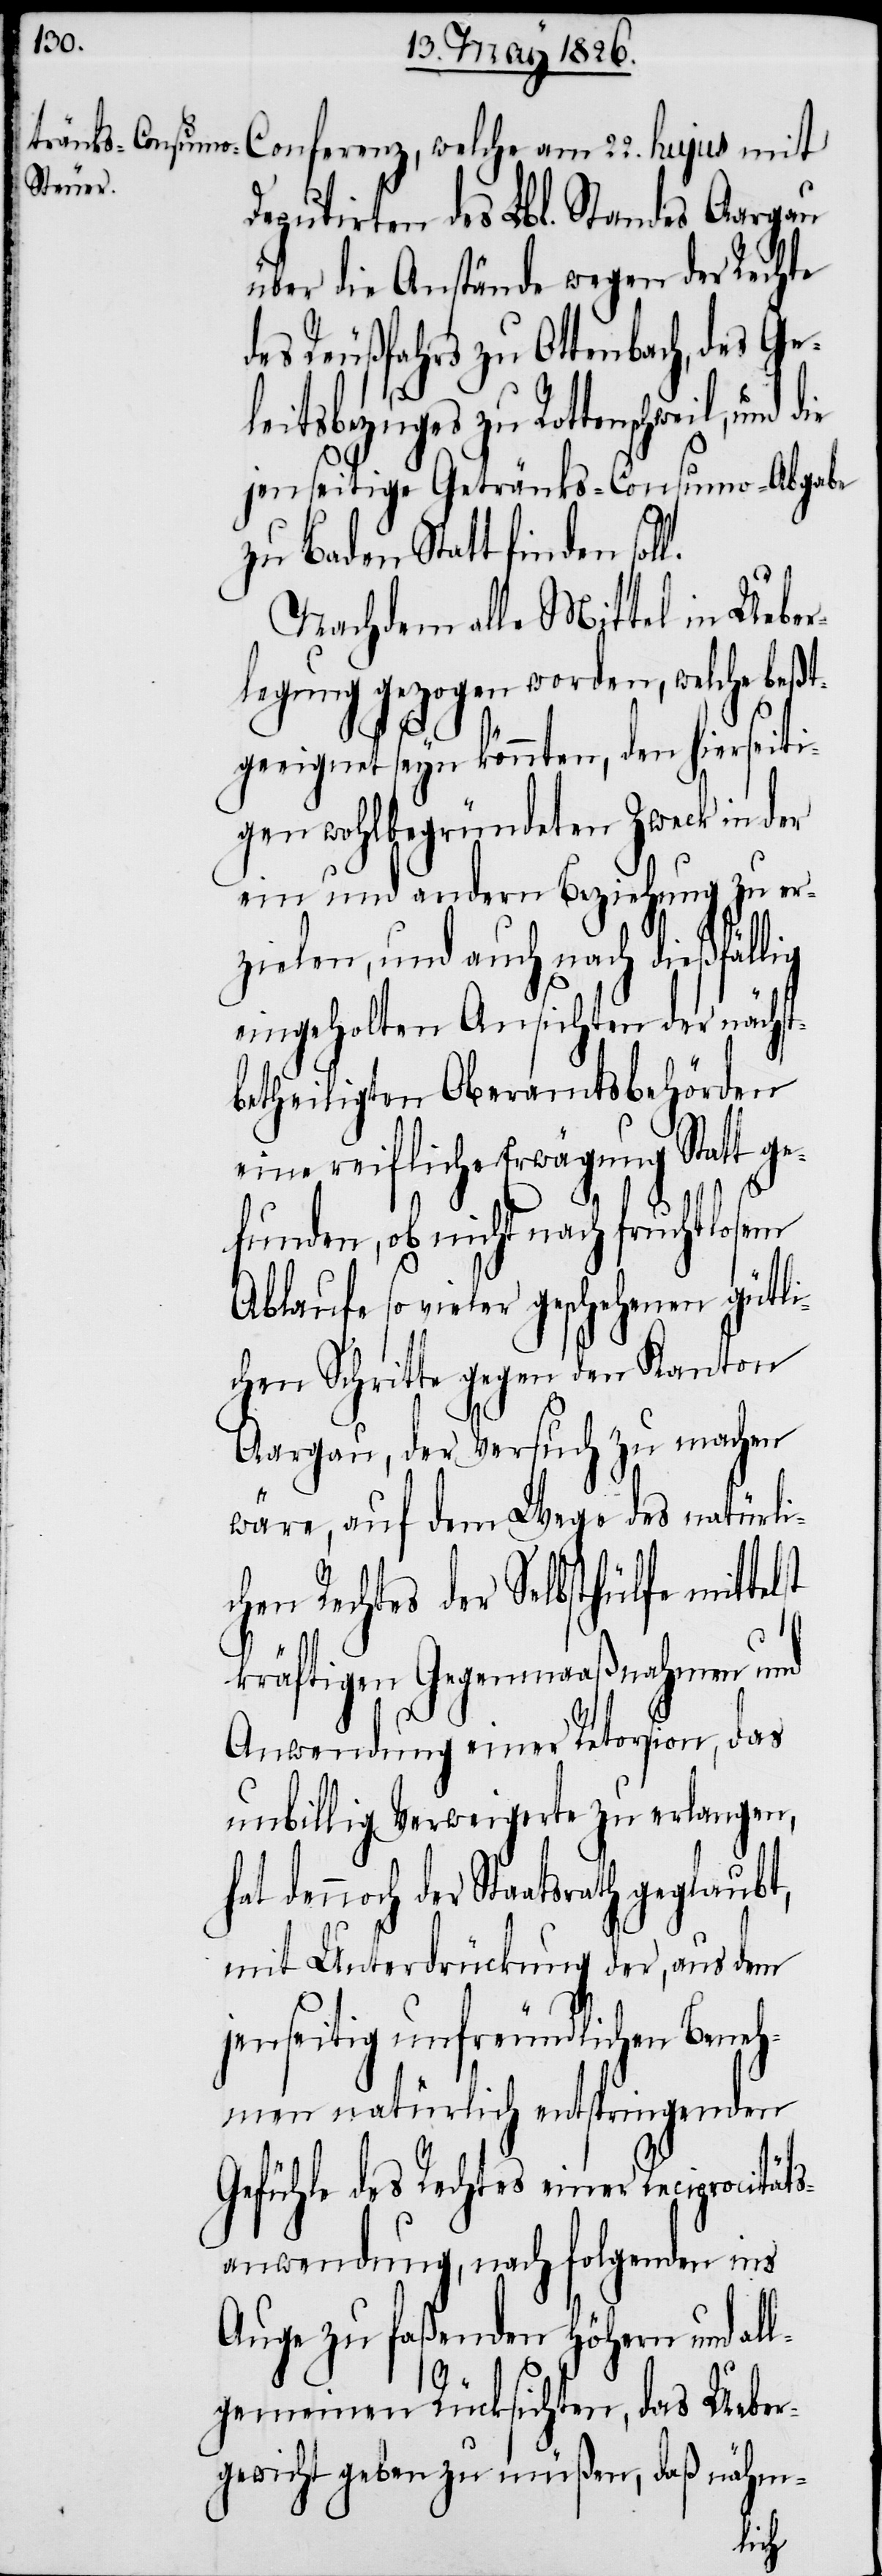
l.
Deputirten des Lbl. Standes Aargau
über die Anstände wegen der Rechte
des Reußfahrs zu Ottenbach, des Ge¬
leitsbezuges zu Rottenschweil, und
jenseitige Getränks-Consumo-Abgabe
zu Baden Statt finden sol¬
Nachdem alle Mittel in Ueber¬
legung gezogen worden, welche beß¬
tgeeignet seyn könnten, den hierseiti¬
gen wohlbegründeten Zweck in der
ein und andern Beziehung zu er¬
zielen, und auch nach dießfällig
eingeholten Ansichten der nächst¬
betheiligten Oberamtsbehörden
eine reifliche Erwägung Statt ge¬
funden, ob nicht nach fruchtlosem
Ablaufe so vieler geschehenen gütli¬
chen Schritte gegen den Kanton
Aargau, der Versuch zu machen
wäre, auf dem Wege des natürlic¬
hen Rechtes der Selbsthülfe
kräftigen Gegenmaaßnahmen und
Anwendung einer Retorsion, das
unbillig Verweigerte zu erlangen,
dennoch der Staatsrath geglaubt,
mit Unterdrückung der, aus dem
jenseitig unfreundlichen Beneh¬
men natürlich entspringenden
Gefühle des Rechtes einer Reciprocität¬
sanwendung, nach folgenden ins
Auge zu faßenden höhern und al¬
lgemeinen Rücksichten, das Ueber¬
gewicht geben zu müßen, daß nähm-